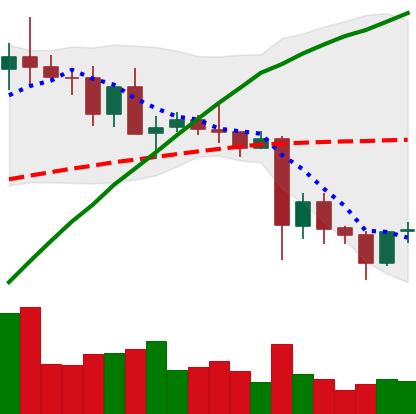
Ticker: TRX-USD
Chart end date: 2021-05-25
Forward return: -6.787%
Label: down_5_7